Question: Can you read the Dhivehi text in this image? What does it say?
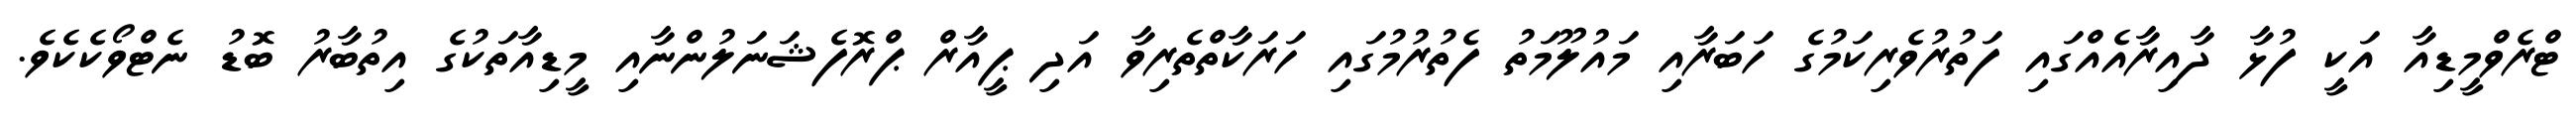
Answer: ޓްރެވްމީޑިއާ އަކީ ފުޅާ ދާއިރާއެއްގައި ފަތުރުވެރިކަމުގެ ހަބަރާއި މައުލޫމަތު ފެތުރުމުގައި ހަރަކާތްތެރިވާ އަދި ޕީއާރް ޕްރޮފެޝަނަލުންނާއި މީޑިއާތަކުގެ އިތުބާރު ބޮޑު ނެޓްވޯކެކެވެ.